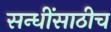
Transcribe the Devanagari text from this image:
सन्धींसाठीच